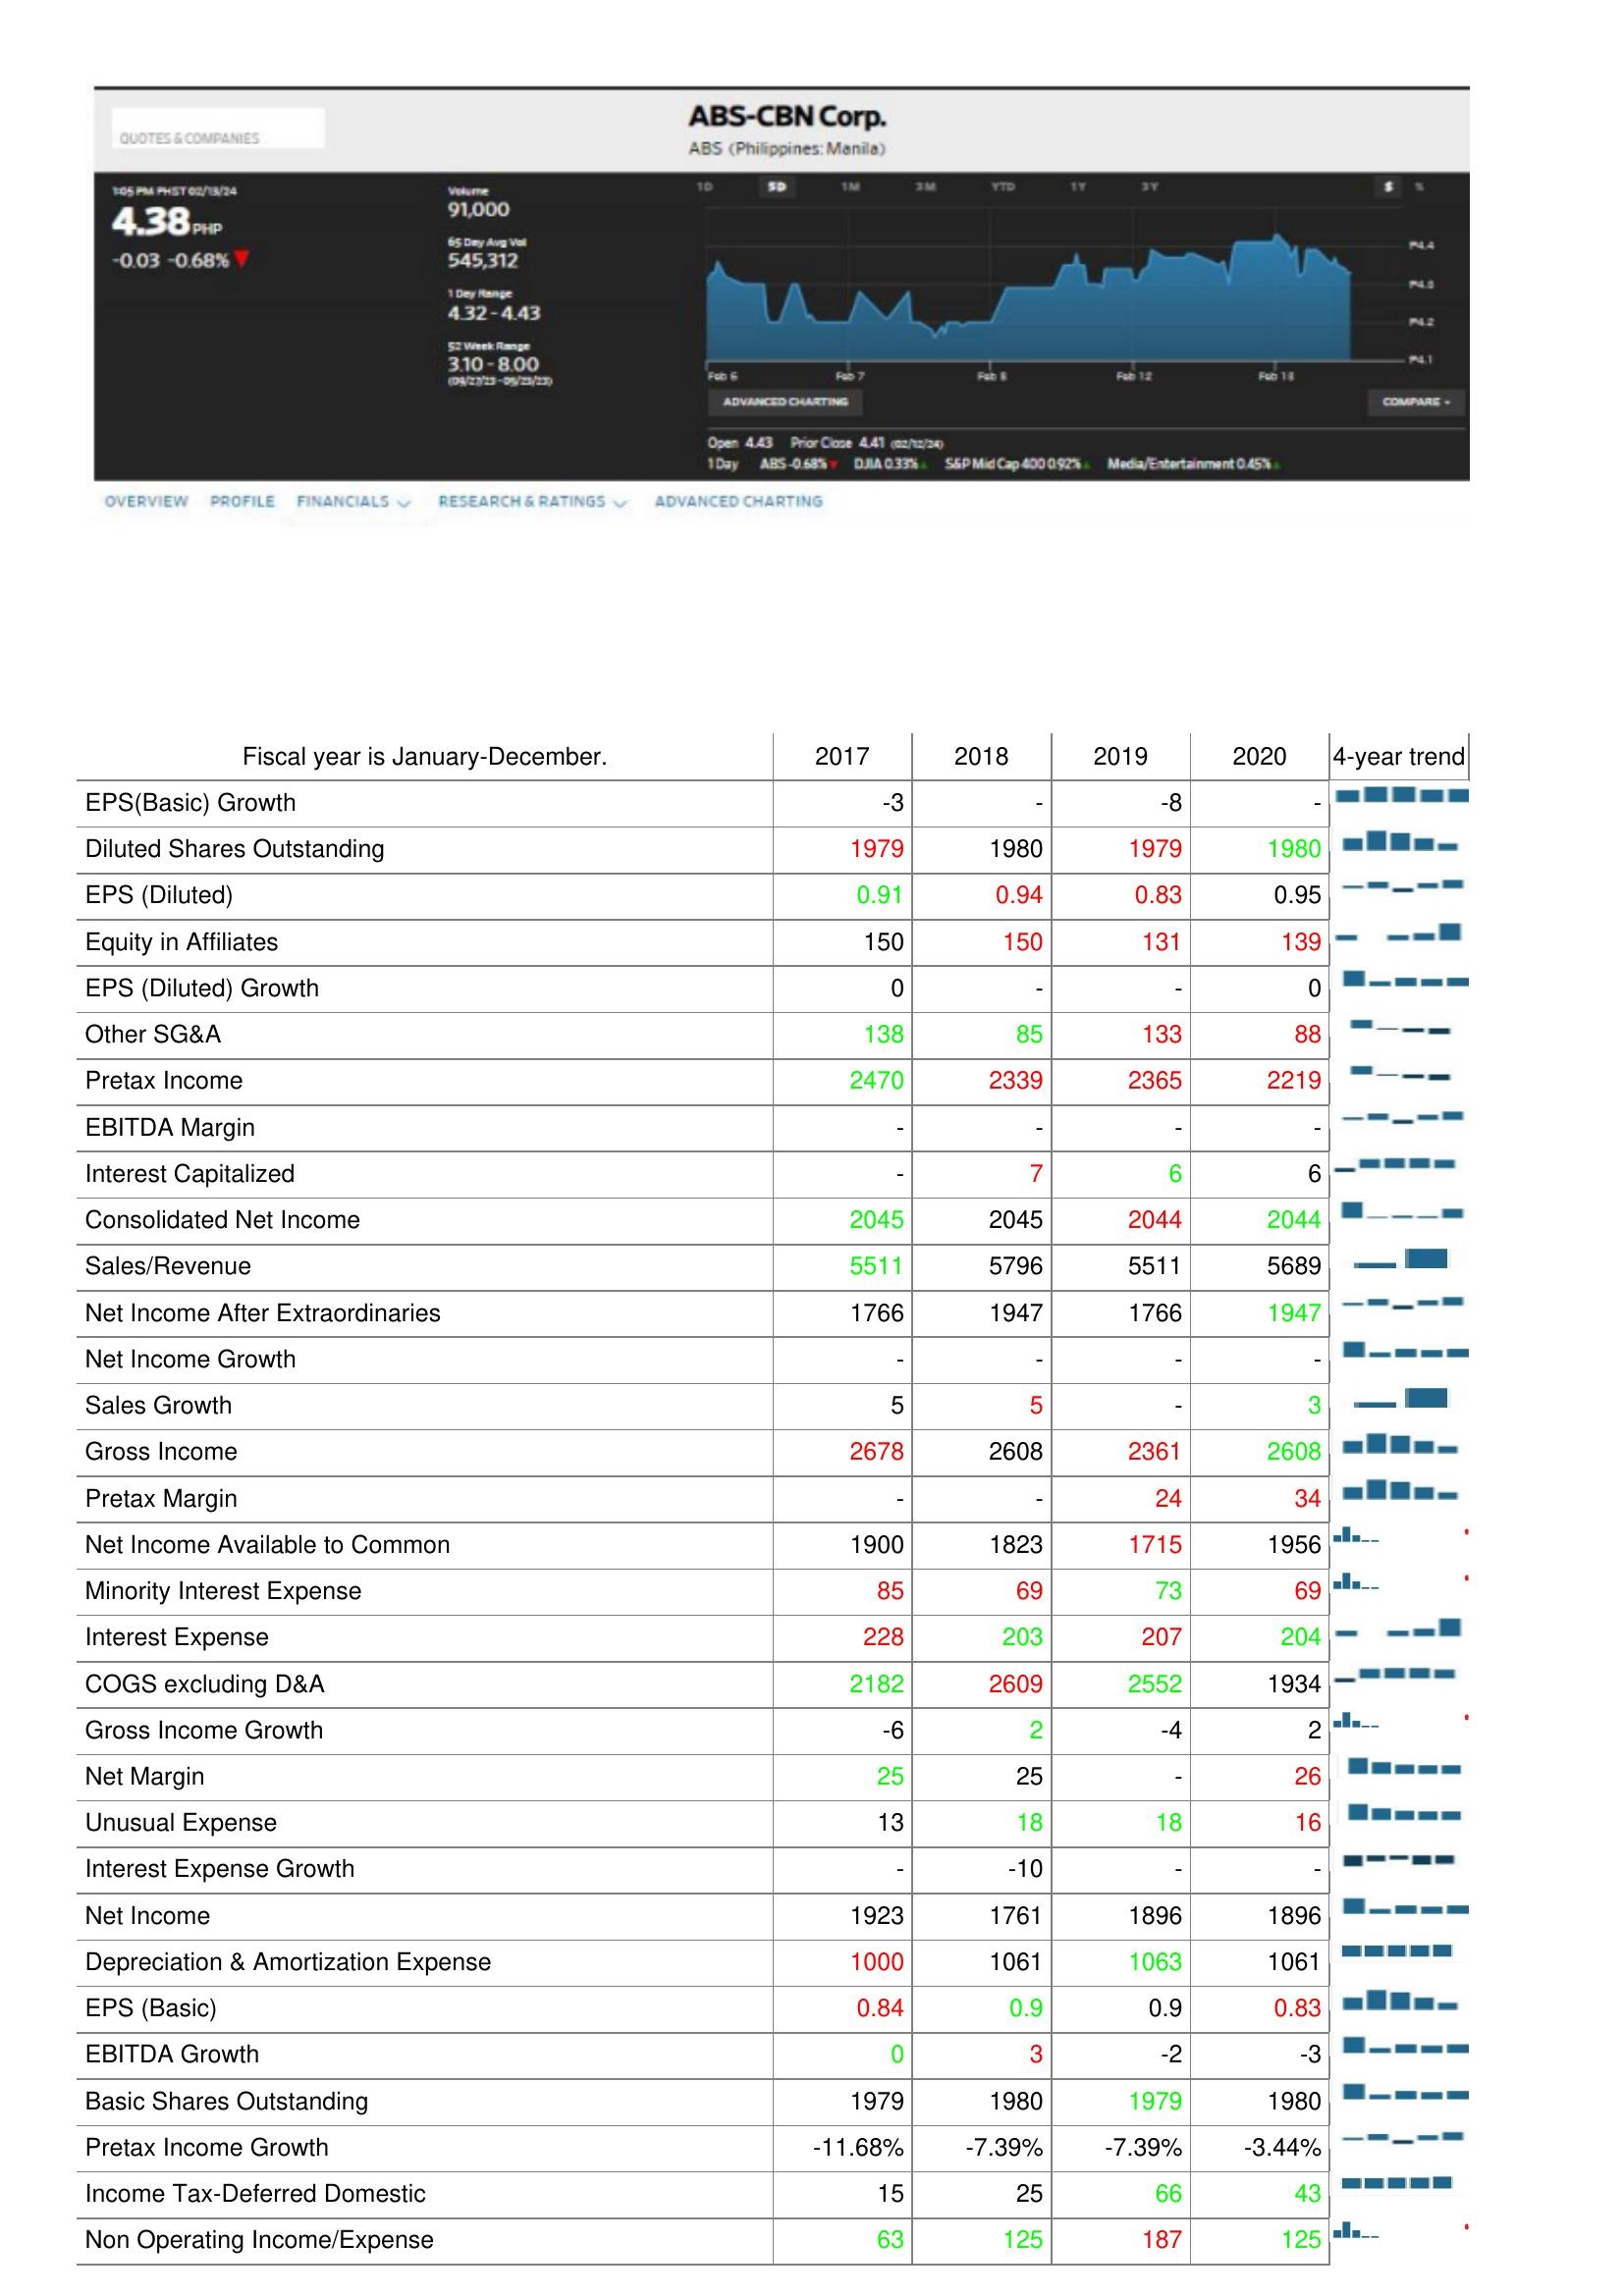
2017: : EPS(Basic) Growth: -3
Diluted Shares Outstanding: 1979
EPS (Diluted): 0.91
Equity in Affiliates: 150
EPS (Diluted) Growth: 0
Other SG&A: 138
Pretax Income: 2470
EBITDA Margin: -
Interest Capitalized: -
Consolidated Net Income: 2045
Sales/Revenue: 5511
Net Income After Extraordinaries: 1766
Net Income Growth: -
Sales Growth: 5
Gross Income: 2678
Pretax Margin: -
Net Income Available to Common: 1900
Minority Interest Expense: 85
Interest Expense: 228
COGS excluding D&A: 2182
Gross Income Growth: -6
Net Margin: 25
Unusual Expense: 13
Interest Expense Growth: -
Net Income: 1923
Depreciation & Amortization Expense: 1000
EPS (Basic): 0.84
EBITDA Growth: 0
Basic Shares Outstanding: 1979
Pretax Income Growth: -11.68%
Income Tax-Deferred Domestic: 15
Non Operating Income/Expense: 63
2018: : EPS(Basic) Growth: -
Diluted Shares Outstanding: 1980
EPS (Diluted): 0.94
Equity in Affiliates: 150
EPS (Diluted) Growth: -
Other SG&A: 85
Pretax Income: 2339
EBITDA Margin: -
Interest Capitalized: 7
Consolidated Net Income: 2045
Sales/Revenue: 5796
Net Income After Extraordinaries: 1947
Net Income Growth: -
Sales Growth: 5
Gross Income: 2608
Pretax Margin: -
Net Income Available to Common: 1823
Minority Interest Expense: 69
Interest Expense: 203
COGS excluding D&A: 2609
Gross Income Growth: 2
Net Margin: 25
Unusual Expense: 18
Interest Expense Growth: -10
Net Income: 1761
Depreciation & Amortization Expense: 1061
EPS (Basic): 0.9
EBITDA Growth: 3
Basic Shares Outstanding: 1980
Pretax Income Growth: -7.39%
Income Tax-Deferred Domestic: 25
Non Operating Income/Expense: 125
2019: : EPS(Basic) Growth: -8
Diluted Shares Outstanding: 1979
EPS (Diluted): 0.83
Equity in Affiliates: 131
EPS (Diluted) Growth: -
Other SG&A: 133
Pretax Income: 2365
EBITDA Margin: -
Interest Capitalized: 6
Consolidated Net Income: 2044
Sales/Revenue: 5511
Net Income After Extraordinaries: 1766
Net Income Growth: -
Sales Growth: -
Gross Income: 2361
Pretax Margin: 24
Net Income Available to Common: 1715
Minority Interest Expense: 73
Interest Expense: 207
COGS excluding D&A: 2552
Gross Income Growth: -4
Net Margin: -
Unusual Expense: 18
Interest Expense Growth: -
Net Income: 1896
Depreciation & Amortization Expense: 1063
EPS (Basic): 0.9
EBITDA Growth: -2
Basic Shares Outstanding: 1979
Pretax Income Growth: -7.39%
Income Tax-Deferred Domestic: 66
Non Operating Income/Expense: 187
2020: : EPS(Basic) Growth: -
Diluted Shares Outstanding: 1980
EPS (Diluted): 0.95
Equity in Affiliates: 139
EPS (Diluted) Growth: 0
Other SG&A: 88
Pretax Income: 2219
EBITDA Margin: -
Interest Capitalized: 6
Consolidated Net Income: 2044
Sales/Revenue: 5689
Net Income After Extraordinaries: 1947
Net Income Growth: -
Sales Growth: 3
Gross Income: 2608
Pretax Margin: 34
Net Income Available to Common: 1956
Minority Interest Expense: 69
Interest Expense: 204
COGS excluding D&A: 1934
Gross Income Growth: 2
Net Margin: 26
Unusual Expense: 16
Interest Expense Growth: -
Net Income: 1896
Depreciation & Amortization Expense: 1061
EPS (Basic): 0.83
EBITDA Growth: -3
Basic Shares Outstanding: 1980
Pretax Income Growth: -3.44%
Income Tax-Deferred Domestic: 43
Non Operating Income/Expense: 125